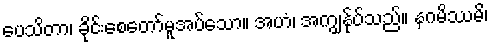
ပေသိတာ၊ ခိုင်းစေတော်မူအပ်သော။ အဟံ၊ အကျွန်ုပ်သည်။ နဂမိဿမိ၊